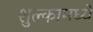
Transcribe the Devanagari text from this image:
शुल्कामध्ये